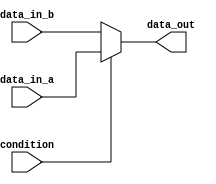
module if_else_ternary (
    input wire condition,
    input wire data_in_a,
    input wire data_in_b,
    output reg data_out
);

always @* begin
    if (condition) begin
        data_out = data_in_a; // Execute this assignment if condition is true
    end
    else begin
        data_out = (condition) ? data_in_a : data_in_b; // Conditional assignment using ternary operator
    end
end

endmodule